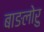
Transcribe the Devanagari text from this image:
बाङलोरु